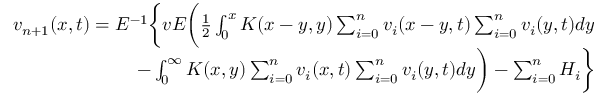
\begin{array} { r } { v _ { n + 1 } ( x , t ) = E ^ { - 1 } \bigg \{ v E \bigg ( \frac { 1 } { 2 } \int _ { 0 } ^ { x } K ( x - y , y ) \sum _ { i = 0 } ^ { n } v _ { i } ( x - y , t ) \sum _ { i = 0 } ^ { n } v _ { i } ( y , t ) d y } \\ { - \int _ { 0 } ^ { \infty } K ( x , y ) \sum _ { i = 0 } ^ { n } v _ { i } ( x , t ) \sum _ { i = 0 } ^ { n } v _ { i } ( y , t ) d y \bigg ) - \sum _ { i = 0 } ^ { n } H _ { i } \bigg \} } \end{array}